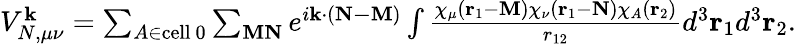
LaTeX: \begin{array}{r}{V_{N,\mu\nu}^{\mathbf{k}}=\sum_{A\in\mathrm{cell~0}}\sum_{\mathbf{MN}}e^{i\mathbf{k}\cdot(\mathbf{N-M})}\int\frac{\chi_{\mu}(\mathbf{r}_{1}-\mathbf{M})\chi_{\nu}(\mathbf{r}_{1}-\mathbf{N})\chi_{A}(\mathbf{r}_{2})}{r_{12}}d^{3}\mathbf{r}_{1}d^{3}\mathbf{r}_{2}.}\end{array}